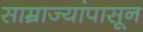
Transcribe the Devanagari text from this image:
साम्राज्यांपासून